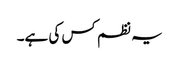
یہ نظم کس کی ہے۔